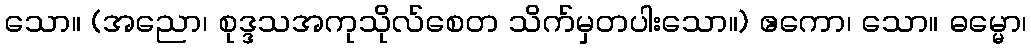
သော။ (အညော၊ စုဒ္ဒသအကုသိုလ်စေတ သိက်မှတပါးသော။) ဧကော၊ သော။ ဓမ္မော၊